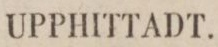
UPPHITTADT.